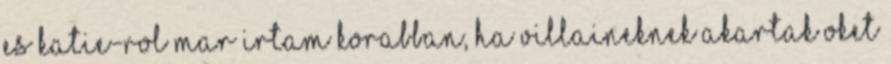
es katie-rol mar irtam korabban, ha villaineknek akartak oket